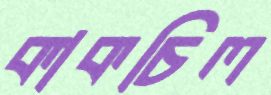
কাকচিল